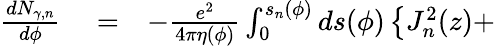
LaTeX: \begin{array}{rlr}{\frac{dN_{\gamma,n}}{d\phi}}&{{}=}&{-\frac{e^{2}}{4\pi\eta(\phi)}\int_{0}^{s_{n}(\phi)}ds(\phi)\left\{ J_{n}^{2}(z)+\right.}\end{array}